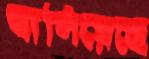
জ্বালিয়েছে